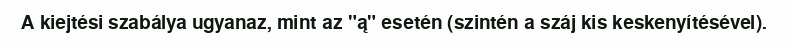
A kiejtési szabálya ugyanaz, mint az "ą" esetén (szintén a száj kis keskenyítésével).